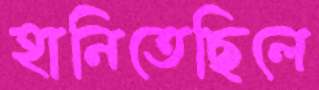
হানিতেছিলে